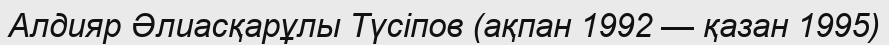
Алдияр Әлиасқарұлы Түсіпов (ақпан 1992 — қазан 1995)